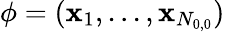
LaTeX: \phi=(\mathbf{x}_{1},...,\mathbf{x}_{N_{0,0}})